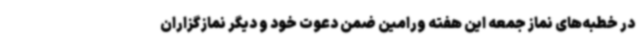
در خطبه‌های نماز جمعه این هفته ورامین ضمن دعوت خود و دیگر نمازگزاران